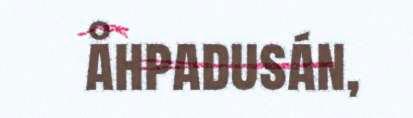
åhpadusán,